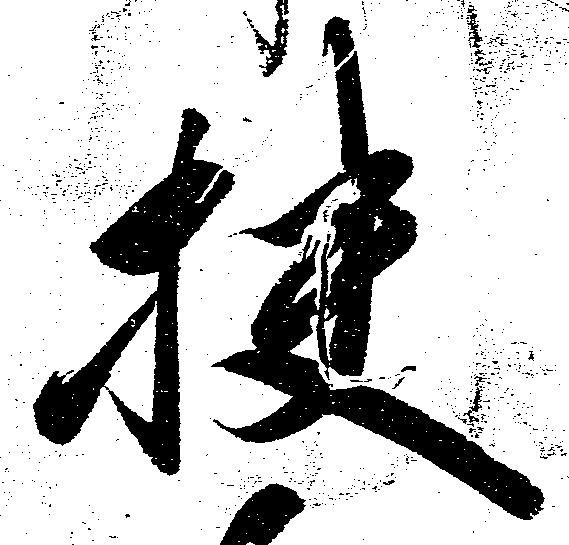
扶